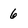
Character: 6